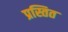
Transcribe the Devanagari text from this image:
प्रस्तित